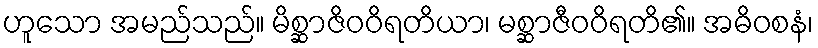
ဟူသော အမည်သည်။ မိစ္ဆာဇိဝဝိရတိယာ၊ မစ္ဆာဇီဝဝိရတိ၏။ အဓိဝစနံ၊